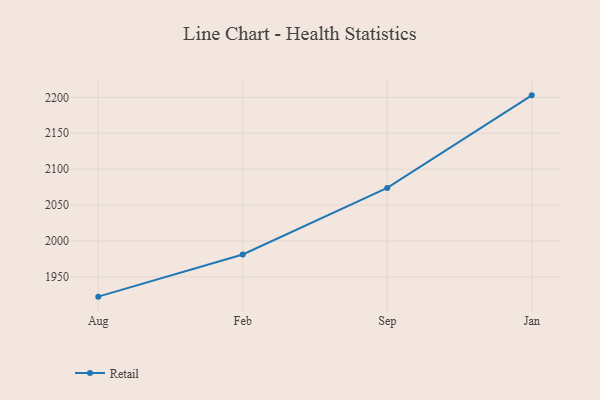
{"axis": {"x": "Month", "y": "Backlog"}, "legend": ["Retail"], "data": [{"x": "Aug", "y": 1922.5, "type": "Retail"}, {"x": "Feb", "y": 1981.2, "type": "Retail"}, {"x": "Sep", "y": 2073.9, "type": "Retail"}, {"x": "Jan", "y": 2202.8, "type": "Retail"}]}